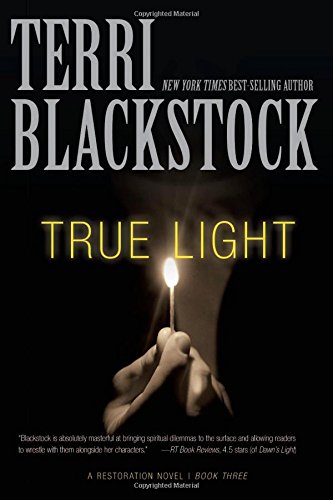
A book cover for True Light (A Restoration Novel); Terri Blackstock; Christian Books & Bibles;